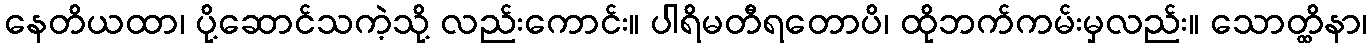
နေတိယထာ၊ ပို့ဆောင်သကဲ့သို့ လည်းကောင်း။ ပါရိမတီရတောပိ၊ ထိုဘက်ကမ်းမှလည်း။ သောတ္ထိနာ၊